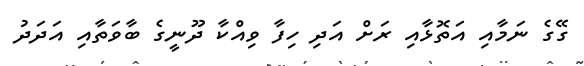
ގޭގެ ނަމާއި އަތޮޅާއި ރަށް އަދި ހިފާ ވިއްކާ ދޫނީގެ ބާވަތާއި އަދަދު